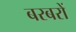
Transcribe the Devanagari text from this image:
बरबरों